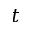
t